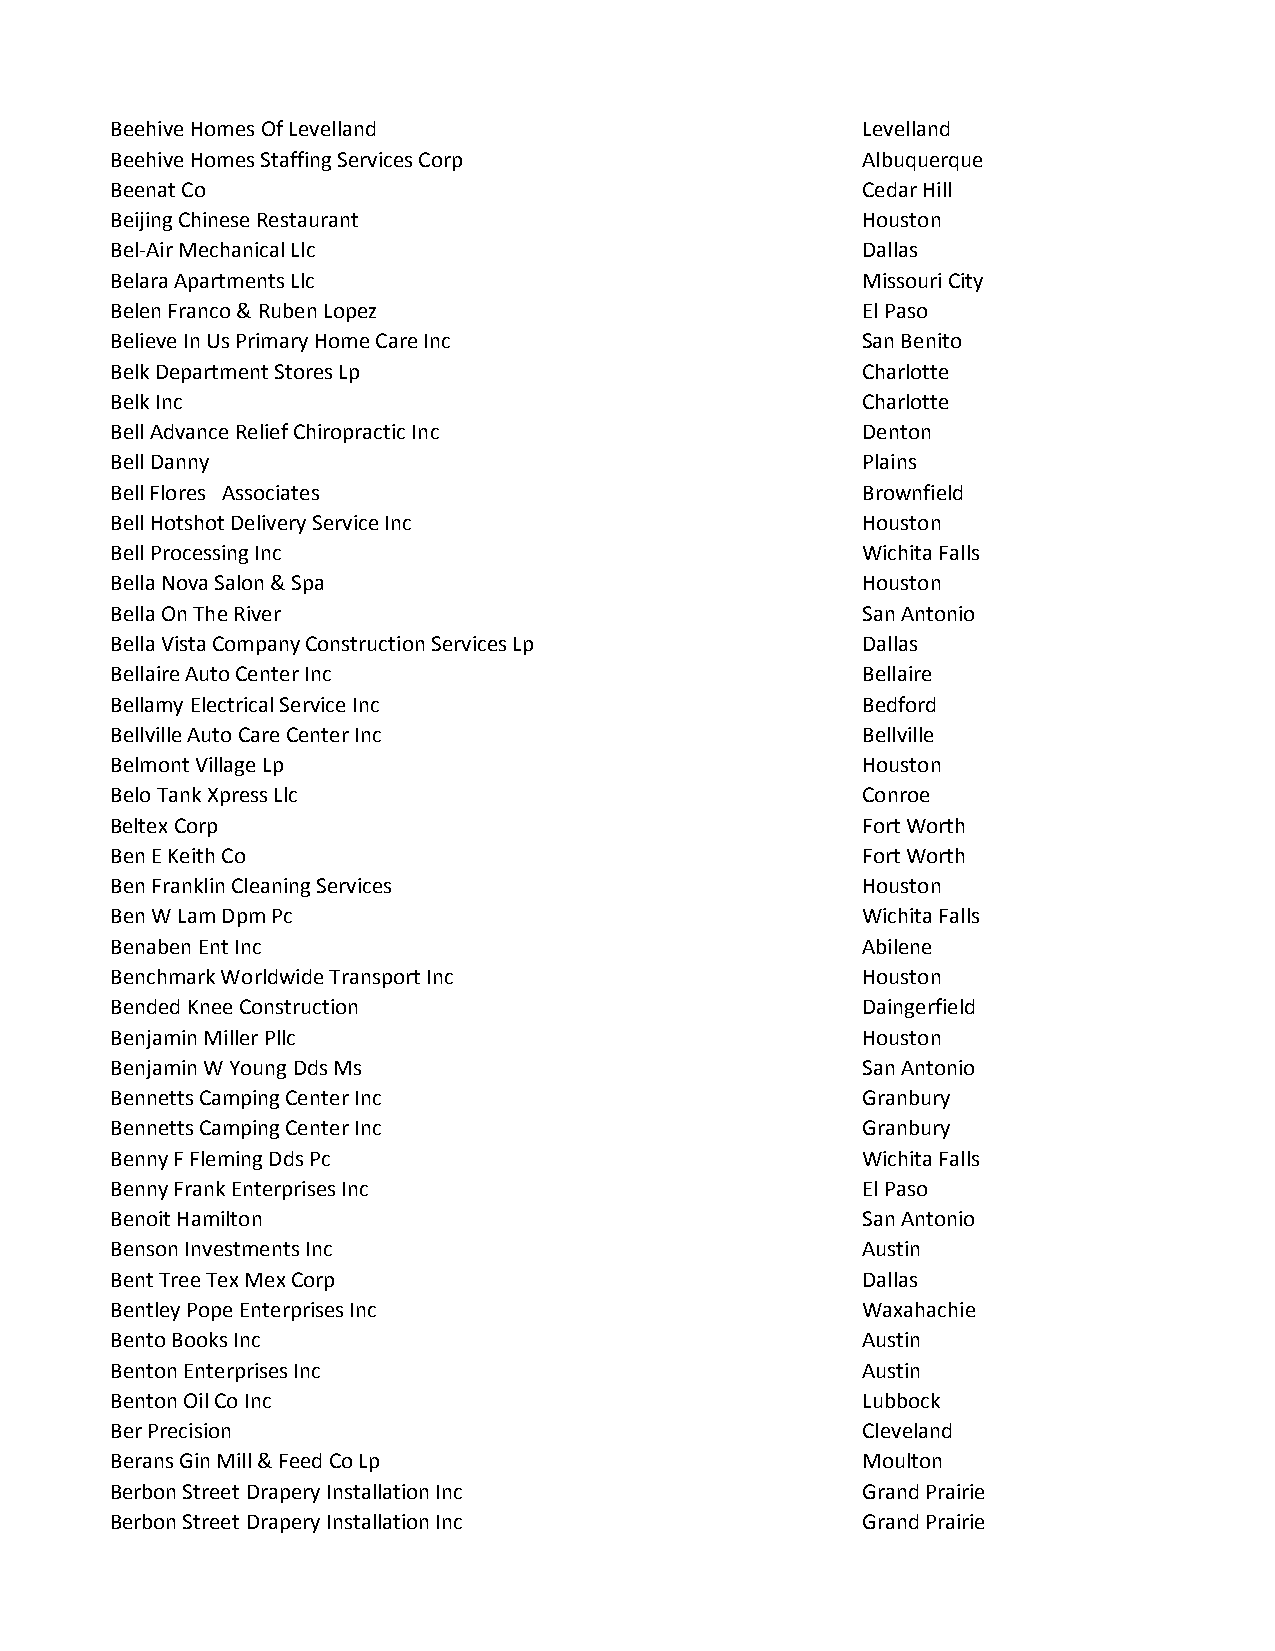
Beehive Homes Of Levelland                        Levelland
 Beehive Homes Staffing Services Corp              Albuquerque
 Beenat Co                                         Cedar Hill
 Beijing Chinese Restaurant                        Houston
 Bel-Air Mechanical Llc                            Dallas
 Belara Apartments Llc                             Missouri City
 Belen Franco & Ruben Lopez                        El Paso
 Believe In Us Primary Home Care Inc               San Benito
 Belk Department Stores Lp                         Charlotte
 Belk Inc                                          Charlotte
 Bell Advance Relief Chiropractic Inc              Denton
 Bell Danny                                        Plains
 Bell Flores Associates                            Brownfield
 Bell Hotshot Delivery Service Inc                 Houston
 Bell Processing Inc                               Wichita Falls
 Bella Nova Salon & Spa                            Houston
 Bella On The River                                San Antonio
 Bella Vista Company Construction Services Lp      Dallas
 Bellaire Auto Center Inc                          Bellaire
 Bellamy Electrical Service Inc                    Bedford
 Bellville Auto Care Center Inc                    Bellville
 Belmont Village Lp                                Houston
 Belo Tank Xpress Llc                              Conroe
 Beltex Corp                                       Fort Worth
 Ben E Keith Co                                    Fort Worth
 Ben Franklin Cleaning Services                    Houston
 Ben W Lam Dpm Pc                                  Wichita Falls
 Benaben Ent Inc                                   Abilene
 Benchmark Worldwide Transport Inc                 Houston
 Bended Knee Construction                          Daingerfield
 Benjamin Miller Pllc                              Houston
 Benjamin W Young Dds Ms                           San Antonio
 Bennetts Camping Center Inc                       Granbury
 Bennetts Camping Center Inc                       Granbury
 Benny F Fleming Dds Pc                            Wichita Falls
 Benny Frank Enterprises Inc                       El Paso
 Benoit Hamilton                                   San Antonio
 Benson Investments Inc                            Austin
 Bent Tree Tex Mex Corp                            Dallas
 Bentley Pope Enterprises Inc                      Waxahachie
 Bento Books Inc                                   Austin
 Benton Enterprises Inc                            Austin
 Benton Oil Co Inc                                 Lubbock
 Ber Precision                                     Cleveland
 Berans Gin Mill & Feed Co Lp                      Moulton
 Berbon Street Drapery Installation Inc            Grand Prairie
 Berbon Street Drapery Installation Inc            Grand Prairie